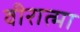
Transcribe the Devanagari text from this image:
वीरात्मा